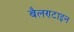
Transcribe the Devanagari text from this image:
बैलण्टाइन